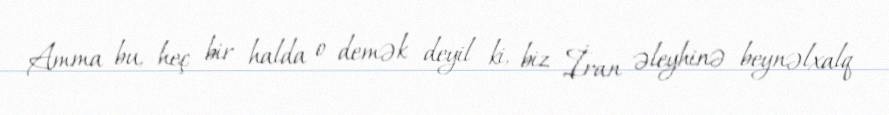
Amma bu, heç bir halda o demək deyil ki, biz İran əleyhinə beynəlxalq